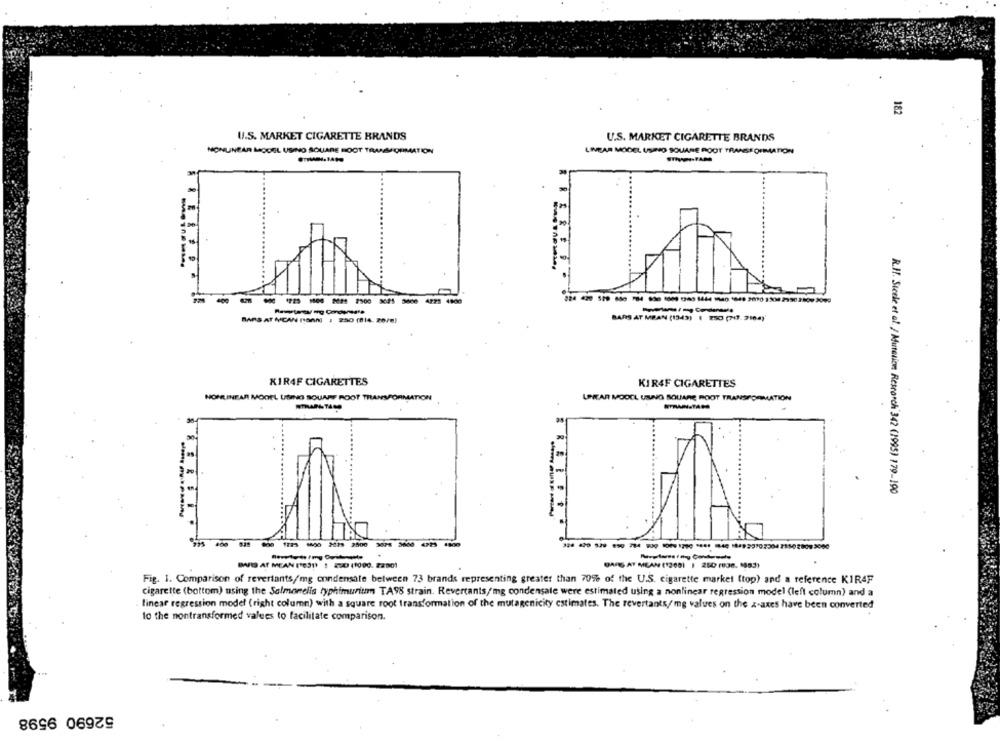
182
U.S. MARKET CIGARETTE BRANDS
U.S. MARKET CIGARETTE BRANDS
NONLINEAR MODEL USINO SQUARE ROOT TRANSFORMATION
LIVEAR MODEL USINO SQUARE ROOT TRANSFORMATION
.
------
--
-www.eg Corowerte
BARS AT MCAN PORN] ) 250 (814. 2076)
BARS AT MBAN (1343) 1 250 (713.2184)
KIR4F CIGARETTES
KIR4F CIGARETTES
NONLINEAR MODEL LISINI SQUARE ROOT TRANSFORMATION
LEITAR MOOCL USUNG SQUARE ROOT TRANSFORMATION
STRAN-TAGS
R.I. Steele et al. / Mutation Research 342 (1995) 179-190
BAS AT MEAN ['031) : 220 (1000. 22001
GARS AT MEAN (1300) | 250 (036. 1983)
Fig. 1. Comparison of revertants/mg condensate between 73 brands representing greater than 70% of the U.S. cigarette market (top) and a reference KIRAF
cigarette (bottom) using the Salmonella typhimurium TA98 strain. Revertants/mg condensale were estimated using a nonlinear regression model (left column) and a
linear regression model (right column) with a square root transformation of the mutagenicity estimates. The revertants/mg values on the x-axes have been converted
to the nontransformed valees to facilitate comparison.
52690 9598